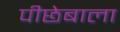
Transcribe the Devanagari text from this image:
पीछेबाला